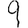
Digit: 9